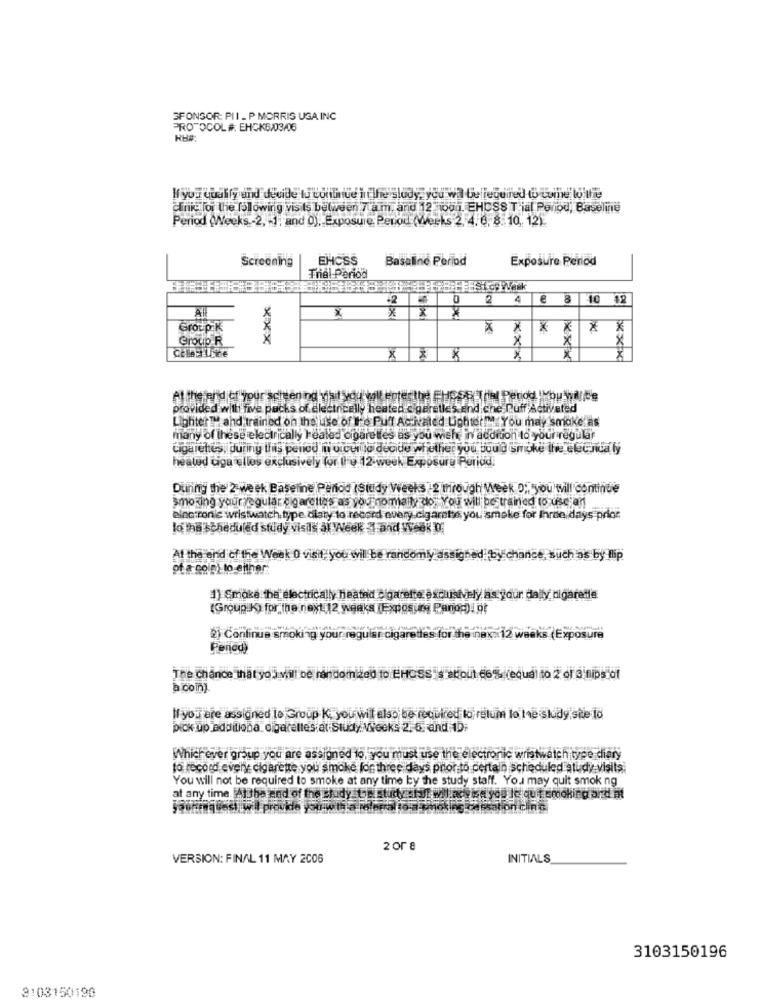
SPONSOR: PII_ P MORRIS USA INC
PROTOCOL #. EHCK6/03/06
RH#
cirka lor the following vis Is between 7 am. and 12 000. EHCSS T ial Period, Baseline
Period (Weeks .- 2, - 1, and 0), Exposure, Peuou (Weeks 2. 4. 6. 8. 10, 12).
Screening
EHCSS
Baseline Period
Exposure Period
Thel Period
xxx
0
2 4 € 8 10 12
x
* * *
Group:k
*
Group R
X
X
X
At the end of your'schen ing hyjait you will enterthe FHpSo Trial period | You Willte
provided with five packs of electrically heated < geretles End che nuff Activated
LighterTH and trained on the use of Ie Puff AcNaled Uchtet! You may smoke as
many of these electrically Healed cigarettes as you wish in addition to your regular
cigarettes, during this period in order to decide whether you tou d smoke the elchitaly
heated tiga ellos exclusively for the 12 week Exposure Period.
During the 2-week Basemne Penod (Study Weeks 2 through Week D ;, you will continue
smoking yourregular cigarettes as you nomally do You will be trained to use an
electronic wristwatch.type.dlaty to record every.cigarette you ismoke for Ihre days prior
lo the scheduled study visis al Week & and Week DE
At the end of the Weak 0 visit you will be randomly assigned. by chance, such as by Ilip
of a goig) to either
1) Smoke the electrically heated cigarette escusively as. jur dally digaredle
(Groupuk) for the next. 12 works (Exposug Paniog). pt
2) Continua smoking your requise ci
for
Bin8x 12 weeks (Exposure
Period)
The chance that yo viill be randomized to EHOSS s about 66% (equal to 2 or Sinips of
a coin).
If you are assigned lo Group K, you will also be required to relum lo he sidy ste lo
pick up additiona cigarettes at Study Weeks 2, 6 and 1D;
Whichever group you are assigned to, you must use the electronic wristwatch type diary
to record evene cigarette you smoke forthree days prior to certain scheduled atudy visits
You will not be required to smoke at any time by the study staff. You may quit smoking
at any time. Allthe end of the study sonistirty sigt willach ka you le quit smoking ord at
2 or a
VERSION: FINAL 11 MAY 2006
INITIALS
3103150196
3103150190